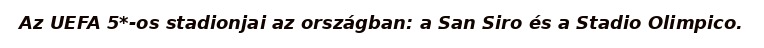
Az UEFA 5*-os stadionjai az országban: a San Siro és a Stadio Olimpico.